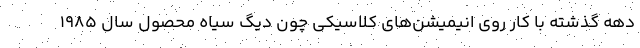
دهه گذشته با کار روی انیمیشن‌های کلاسیکی چون دیگ سیاه محصول سال ۱۹۸۵